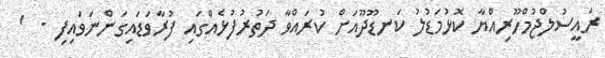
ރައީސުލްޖުމްހޫރިއްޔާ ކޮޅުމަޑުލު ކަނޑޫދޫއަށް ކުރައްވާ ދަތުރުފުޅެއްގައި ފުރާވަޑައިގަންނަވައިފި -  '